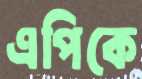
এপিকে